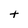
Character: t